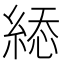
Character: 𦁔